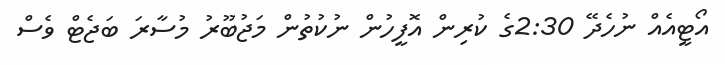
އޯޓީއެއް ނުހެދޭ 2:30ގެ ކުރިން އޮފީހުން ނުކުތުން މަޖުބޫރު މުސާރަ ބަޖެޓް ވެސް